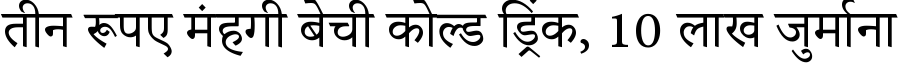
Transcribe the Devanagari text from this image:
तीन रूपए मंहगी बेची कोल्ड ड्रिंक, 10 लाख जुर्माना